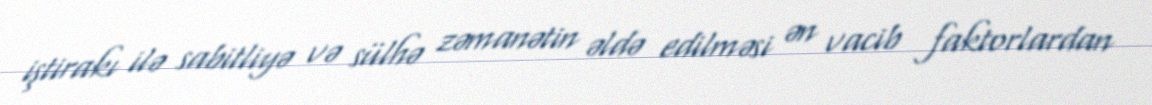
iştirakı ilə sabitliyə və sülhə zəmanətin əldə edilməsi ən vacib faktorlardan